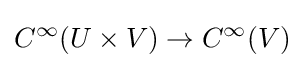
C^{\infty }(U\times V)\to C^{\infty }(V)